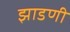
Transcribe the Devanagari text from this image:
झाडणी